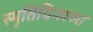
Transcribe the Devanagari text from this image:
स्मृतिचिन्हाच्या